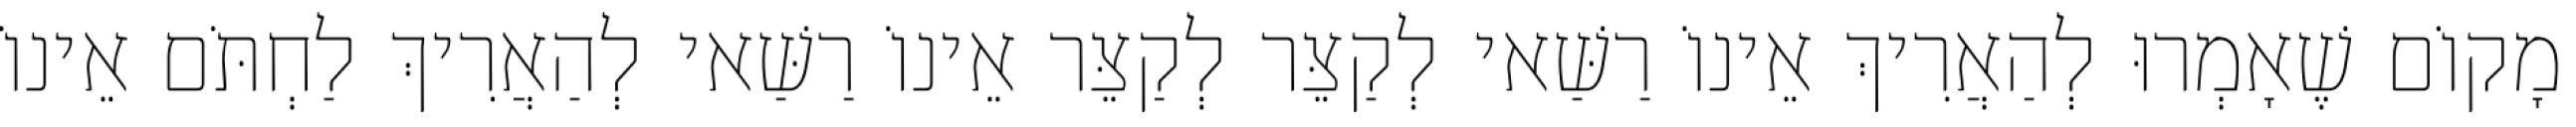
מָקוֹם שֶׁאָמְרוּ לְהַאֲרִיךְ אֵינוֹ רַשַּׁאי לְקַצֵּר לְקַצֵּר אֵינוֹ רַשַּׁאי לְהַאֲרִיךְ לַחְתֹּם אֵינוֹ